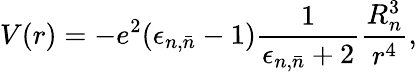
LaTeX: V(r)=-e^{2}(\epsilon_{n,\bar{n}}-1)\frac{1}{\epsilon_{n,\bar{n}}+2}\frac{R_{n}^{3}}{r^{4}},